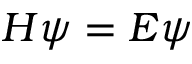
H \psi = E \psi